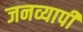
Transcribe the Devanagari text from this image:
जनव्यापी